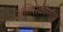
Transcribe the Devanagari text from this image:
अतिसंकीर्णता